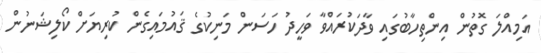
އަމިއްލަ ގޮތުން އިންތިހާބުގައި ވާދަކުރައްވާ ވަހީދު ހަސަން މަނިކުގެ ޤައުމައިގެން ކުރިޔަށް ކޯލިޝަނުން